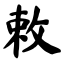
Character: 敕